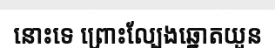
នោះទេ ព្រោះល្បែងឆ្នោតយួន